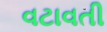
વટાવતી